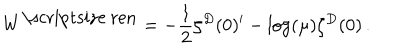
LaTeX: W ^ { \mathrm { \scriptsize ~ r e n } } = - \frac 1 2 \zeta ^ { D } ( 0 ) ^ { \prime } - \log ( \mu ) \zeta ^ { D } ( 0 ) \, .